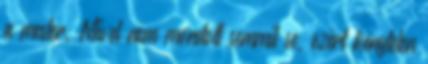
a mester. Mivel nem mondott semmit se, ezért kénytelen